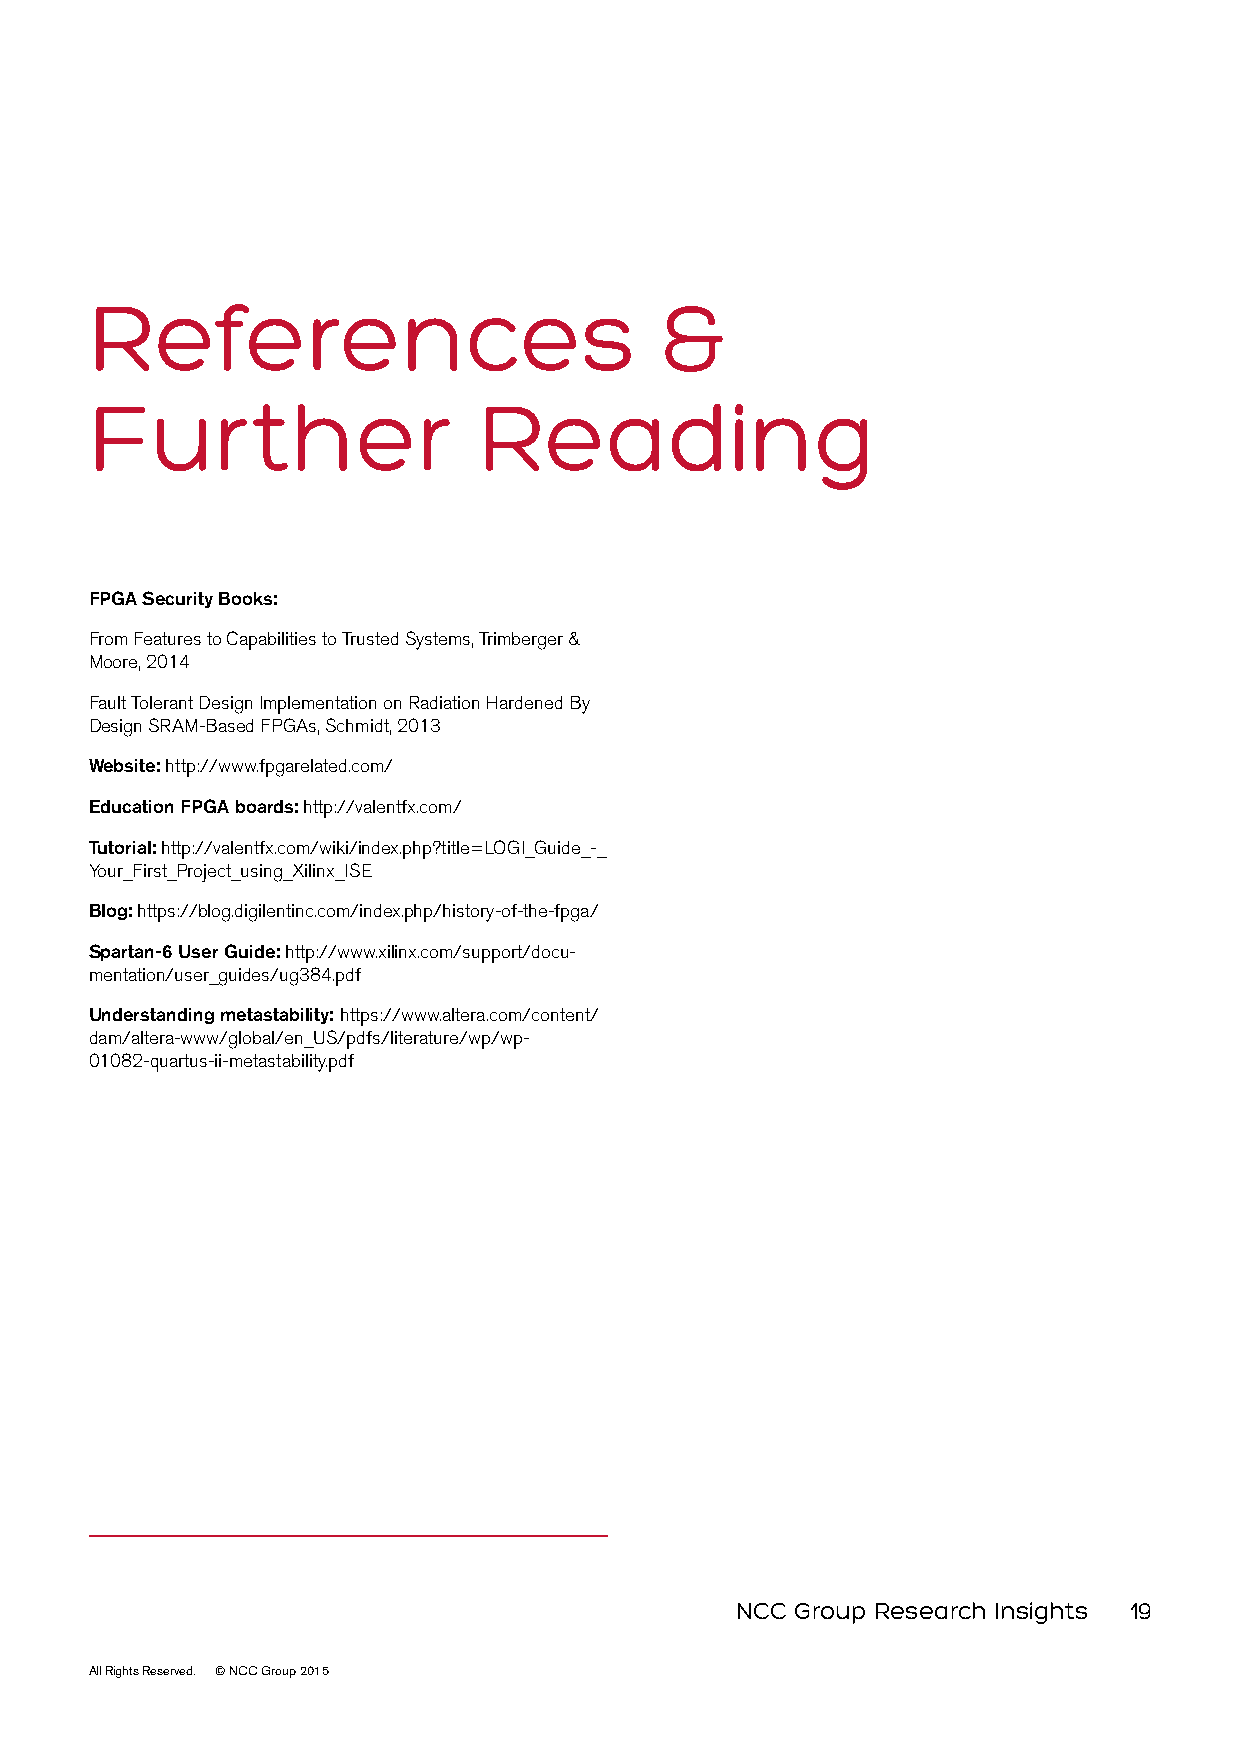
References                            &
 Further                   Reading
 FPGA Security Books:
 From Features to Capabilities to Trusted Systems, Trimberger &
 Moore, 2014
 Fault Tolerant Design Implementation on Radiation Hardened By
 Design SRAM-Based FPGAs, Schmidt, 2013
 Website: http://www.fpgarelated.com/
 Education FPGA boards: http://valentfx.com/
 Tutorial: http://valentfx.com/wiki/index.php?title=LOGI_Guide_-_
 Your_First_Project_using_Xilinx_ISE
 Blog: https://blog.digilentinc.com/index.php/history-of-the-fpga/
 Spartan-6 User Guide: http://www.xilinx.com/support/docu-
 mentation/user_guides/ug384.pdf
 Understanding metastability: https://www.altera.com/content/
 dam/altera-www/global/en_US/pdfs/literature/wp/wp-
 01082-quartus-ii-metastability.pdf
 NCC Group Research Insights 19
 All Rights Reserved. © NCC Group 2015